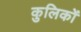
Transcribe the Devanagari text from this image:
कुलिकों